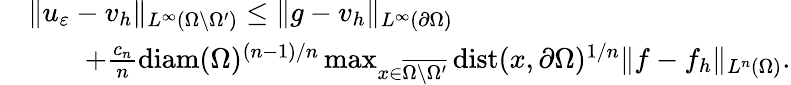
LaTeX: \begin{array}{rl}&{\| u_{\varepsilon}-v_{h}\| _{L^{\infty}(\Omega\setminus\Omega^{\prime})}\leq\| g-v_{h}\| _{L^{\infty}(\partial\Omega)}}\\ &{\qquad+\frac{c_{n}}{n}\mathrm{diam}(\Omega)^{(n-1)/n}\operatorname*{max}_{x\in\overline{{\Omega\setminus\Omega^{\prime}}}}\operatorname{dist}(x,\partial\Omega)^{1/n}\| f-f_{h}\| _{L^{n}(\Omega)}.}\end{array}